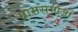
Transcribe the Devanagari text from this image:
ग्रामसमाजों